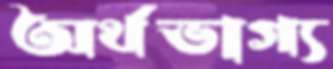
অর্থভাগ্য